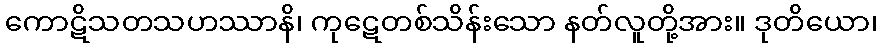
ကောဋိသတသဟဿာနိ၊ ကုဋေတစ်သိန်းသော နတ်လူတို့အား။ ဒုတိယော၊